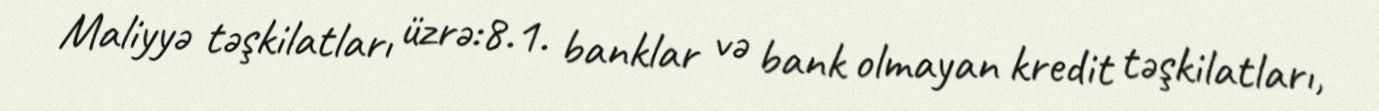
Maliyyə təşkilatları üzrə:8.1. banklar və bank olmayan kredit təşkilatları,